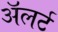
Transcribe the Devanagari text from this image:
अॅलर्ट